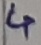
Text: 4